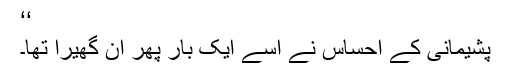
‘‘
پشیمانی کے احساس نے اسے ایک بار پھر آن گھیرا تھا۔